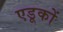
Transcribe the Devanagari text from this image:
एडूकों